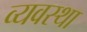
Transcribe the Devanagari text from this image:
व्‍यवस्था